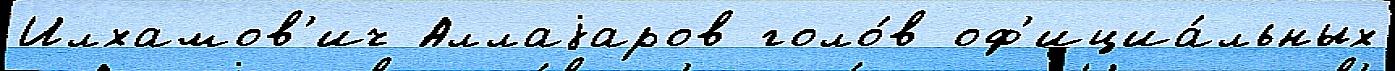
Илхамов'ич Аллаjаров голо́в оф'ициа́льных